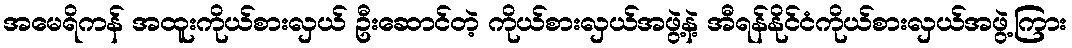
အမေရိကန် အထူးကိုယ်စားလှယ် ဦးဆောင်တဲ့ ကိုယ်စားလှယ်အဖွဲ့နဲ့ အီရန်နိုင်ငံကိုယ်စားလှယ်အဖွဲ့ကြား